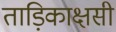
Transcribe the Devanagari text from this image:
ताड़िकाक्षसी